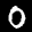
Digit: 0